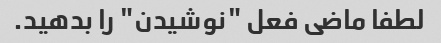
لطفا ماضی فعل "نوشیدن" را بدهید.